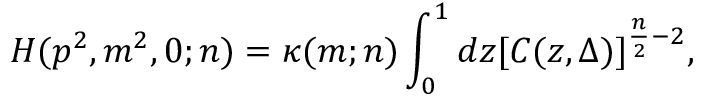
H ( p ^ { 2 } , m ^ { 2 } , 0 ; n ) = \kappa ( m ; n ) \int _ { 0 } ^ { 1 } d z [ C ( z , \Delta ) ] ^ { \frac { n } { 2 } - 2 } ,